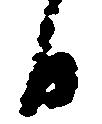
日